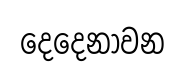
දෙදෙනාවන